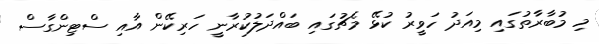
މި މުބާރާތުގައި މިއަދު ހަވީރު ކުޅޭ މެޗުގައި ބައްދަލުކުރާނީ ހަރިކޭން އާއި ސްޓިންގާސް